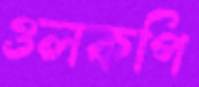
ওলকপি